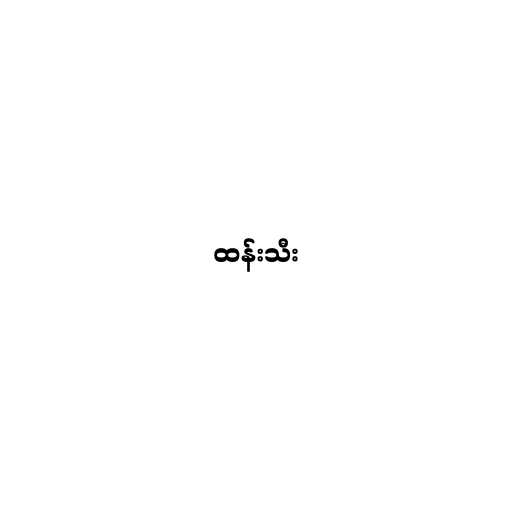
ထန်းသီး